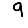
Digit: 9